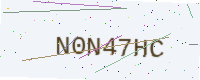
Text: N0N47HC